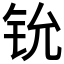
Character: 𫟵